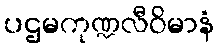
ပဌမကုဏ္ဍလီဝိမာနံ